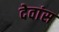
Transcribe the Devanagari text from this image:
देवांस